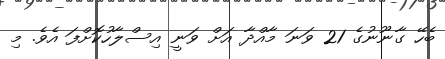
ބެހޭ ގާނޫނުގެ 21 ވަނަ މާއްދާ އަށް ވަނީ އިސްލާހުކޮށްފަ އެވެ. މި